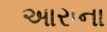
આરાના